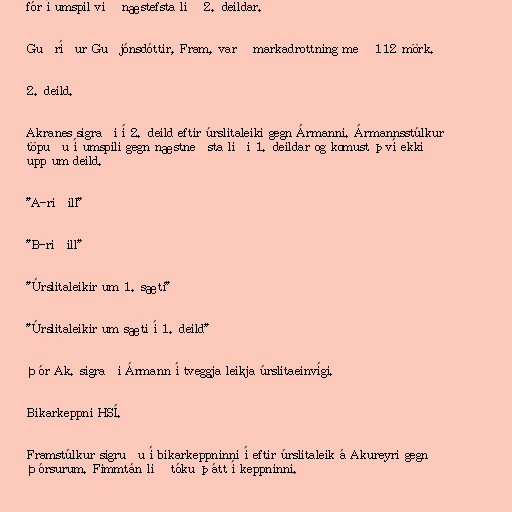
fór í umspil við næstefsta lið 2. deildar.

Guðríður Guðjónsdóttir, Fram, varð markadrottning með 112 mörk.

2. deild.

Akranes sigraði í 2. deild eftir úrslitaleiki gegn Ármanni. Ármannsstúlkur
töpuðu í umspili gegn næstneðsta liði 1. deildar og komust því ekki
upp um deild.

"A-riðill"

"B-riðill"

"Úrslitaleikir um 1. sæti"

"Úrslitaleikir um sæti í 1. deild"

Þór Ak. sigraði Ármann í tveggja leikja úrslitaeinvígi.

Bikarkeppni HSÍ.

Framstúlkur sigruðu í bikarkeppninni í eftir úrslitaleik á Akureyri gegn
Þórsurum. Fimmtán lið tóku þátt í keppninni.